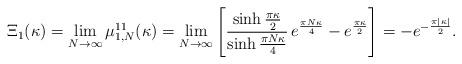
LaTeX: \begin{align*}\Xi_{1}(\kappa)=\lim_{N\to\infty} \mu_{1,N}^{11}(\kappa)=\lim_{N\to\infty}\left[\frac{\sinh\frac{\pi\kappa}{2}}{\sinh\frac{\pi N\kappa}{4}}\,e^{\frac{\pi N\kappa}{4}}-e^{\frac{\pi\kappa}{2}}\right]=-e^{-\frac{\pi|\kappa|}{2}}.\end{align*}